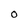
Character: 0